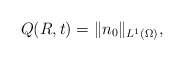
\begin{align*}Q(R,t)=\|n_{0}\|_{L^{1}(\Omega)},\end{align*}